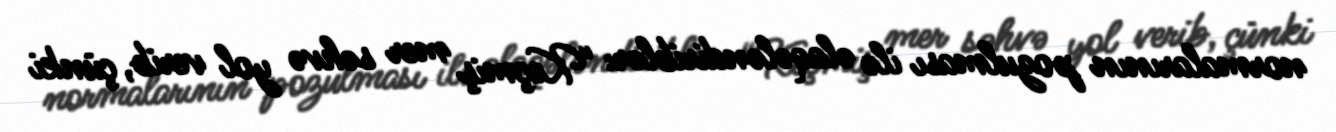
normalarının pozulması ilə əlaqələndiriblər: “Keçmiş mer səhvə yol verib, çünki